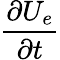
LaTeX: \frac{\partial U_{e}}{\partial t}